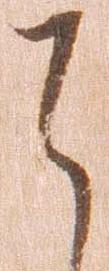
は